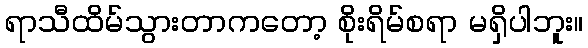
ရာသီထိမ်သွားတာကတော့ စိုးရိမ်စရာ မရှိပါဘူး။